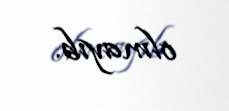
olmayıb.